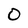
Character: 0